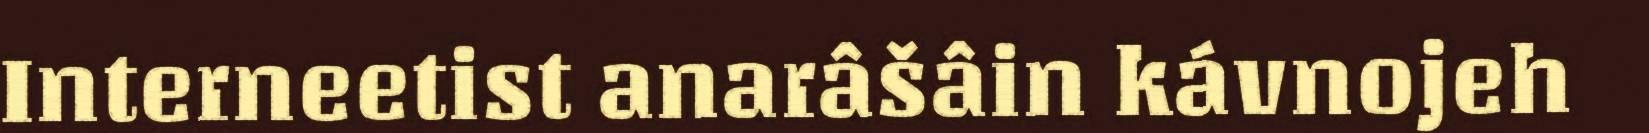
Interneetist anarâšâin kávnojeh